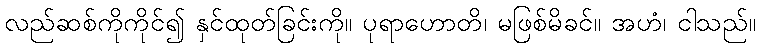
လည်ဆစ်ကိုကိုင်၍ နှင်ထုတ်ခြင်းကို။ ပုရာဟောတိ၊ မဖြစ်မိခင်။ အဟံ၊ ငါသည်။